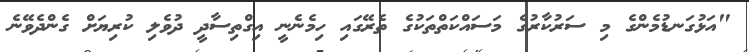
"އަޅުގަނޑުމެންގެ މި ސަރުކާރުގެ މަސައްކަތްތަކުގެ ތެރޭގައި ހިމެނެނީ އިގްތިސާދީ ދުވެލި ކުރިޔަށް ގެންދެވޭނެ